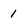
Character: 1